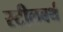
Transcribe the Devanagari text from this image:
स्टीलबर्थ